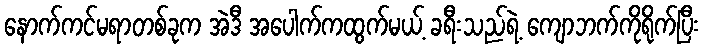
နောက်ကင်မရာတစ်ခုက အဲဒီ အပေါက်ကထွက်မယ့် ခရီးသည်ရဲ့ ကျောဘက်ကိုရိုက်ပြီး